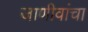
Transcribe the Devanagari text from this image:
जाणीवांचा